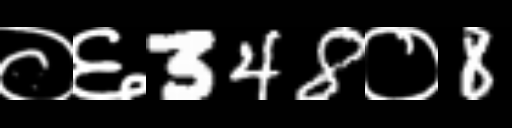
Text: ०६348०8